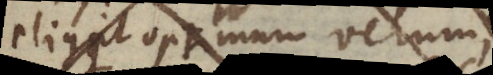
eligit optimum verum,